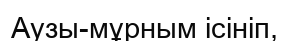
Аузы-мұрным ісініп,